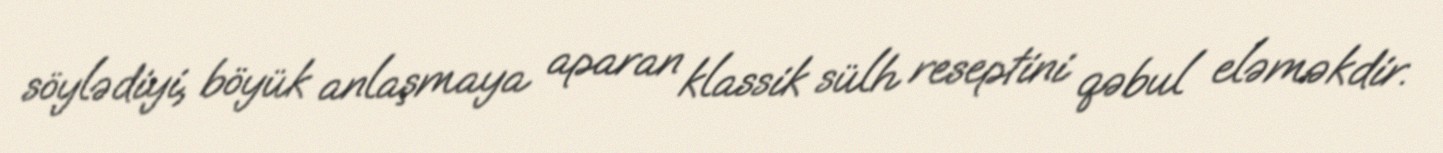
söylədiyi, böyük anlaşmaya aparan klassik sülh reseptini qəbul eləməkdir.